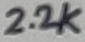
Text: 2.2K